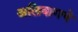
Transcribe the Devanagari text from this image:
अलिबागचे